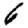
Digit: 6